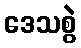
ဒေသစွဲ